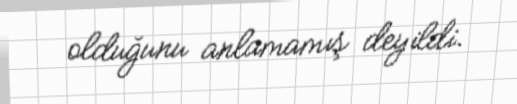
olduğunu anlamamış deyildi.